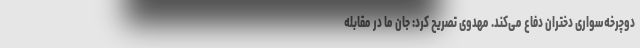
دوچرخه‌سواری دختران دفاع می‌کند. مهدوی تصریح کرد: جان ما در مقابله